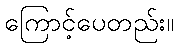
ကြောင့်ပေတည်း။